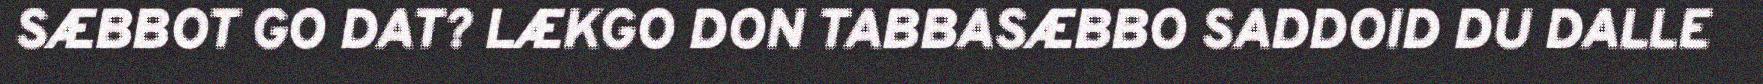
SÆBBOT GO DAT? LÆKGO DON TABBASÆBBO SADDOID DU DALLE